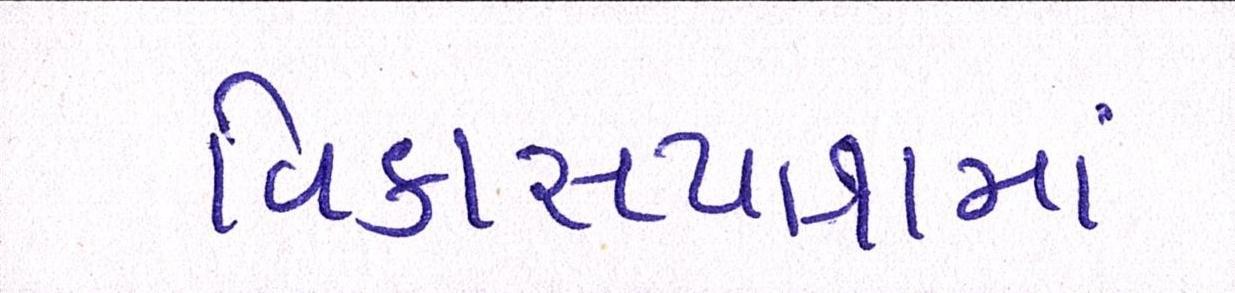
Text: વિકાસયાત્રામાં